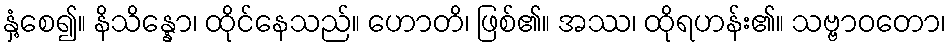
နှံ့စေ၍။ နိသိန္နော၊ ထိုင်နေသည်။ ဟောတိ၊ ဖြစ်၏။ အဿ၊ ထိုရဟန်း၏။ သဗ္ဗာဝတော၊